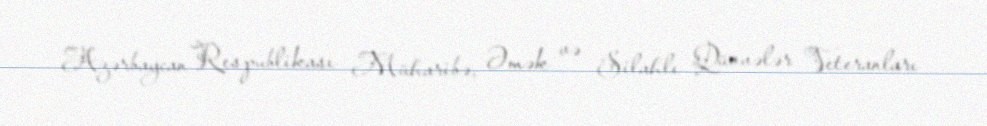
Azərbaycan Respublikası Müharibə, Əmək və Silahlı Qüvvələr Veteranları